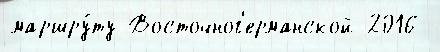
маршру́ту Восточног'ерманской 2016